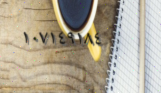
١٠٧١٤٩١٨٤